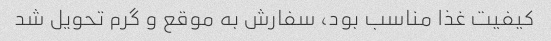
کیفیت غذا مناسب بود، سفارش به موقع و گرم تحویل شد